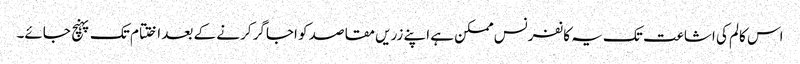
اس کالم کی اشاعت تک یہ کانفرنس ممکن ہے اپنے زریں مقاصد کو اجاگر کرنے کے بعد اختتام تک پہنچ جائے۔